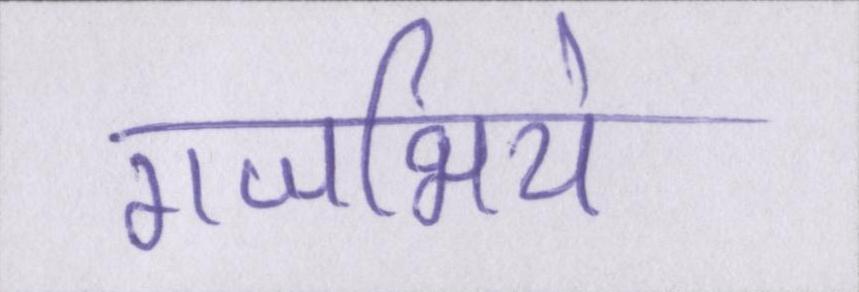
गजभिये